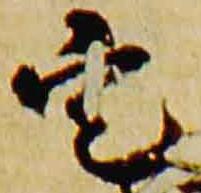
定